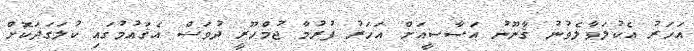
އަހަރު އެކުލަވާލެވުނު ޤާނޫނު އަސާސީއަށް އަހަރު ފުރުމާ ޖުމްހޫރީ ދުވަސް އެޤައުމުގައި ކުލަގަދަކޮށް